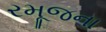
રમૂજના